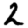
Digit: 2